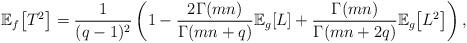
LaTeX: \begin{align*}\mathbb{E}_{f}\!\left[T^{2}\right]=\frac{1}{(q-1)^{2}}\left(1-\frac{2\Gamma(mn)}{\Gamma(mn+q)}\mathbb{E}_{g}\!\left[L\right]+\frac{\Gamma(mn)}{\Gamma(mn+2q)}\mathbb{E}_{g}\!\left[L^{2}\right]\right),\end{align*}